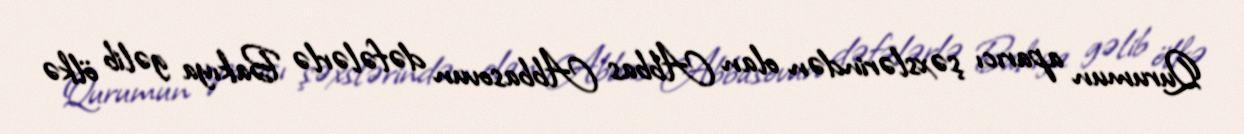
Qurumun aparıcı şəxslərindən olan Abbas Abbasovun dəfələrlə Bakıya gəlib ölkə